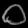
Digit: ၀